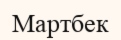
Мартбек